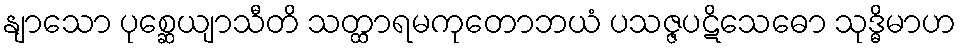
နျာသော ပုစ္ဆေယျာသီတိ သတ္ထာရမကုတောဘယံ ပသဇ္ဇပဋိသေဓော သုဒ္ဓိမာဟ